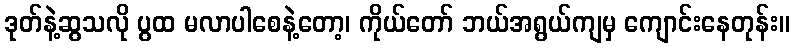
ဒုတ်နဲ့ဆွသလို ပွထ မလာပါစေနဲ့တော့၊ ကိုယ်တော် ဘယ်အရွယ်ကျမှ ကျောင်းနေတုန်း။